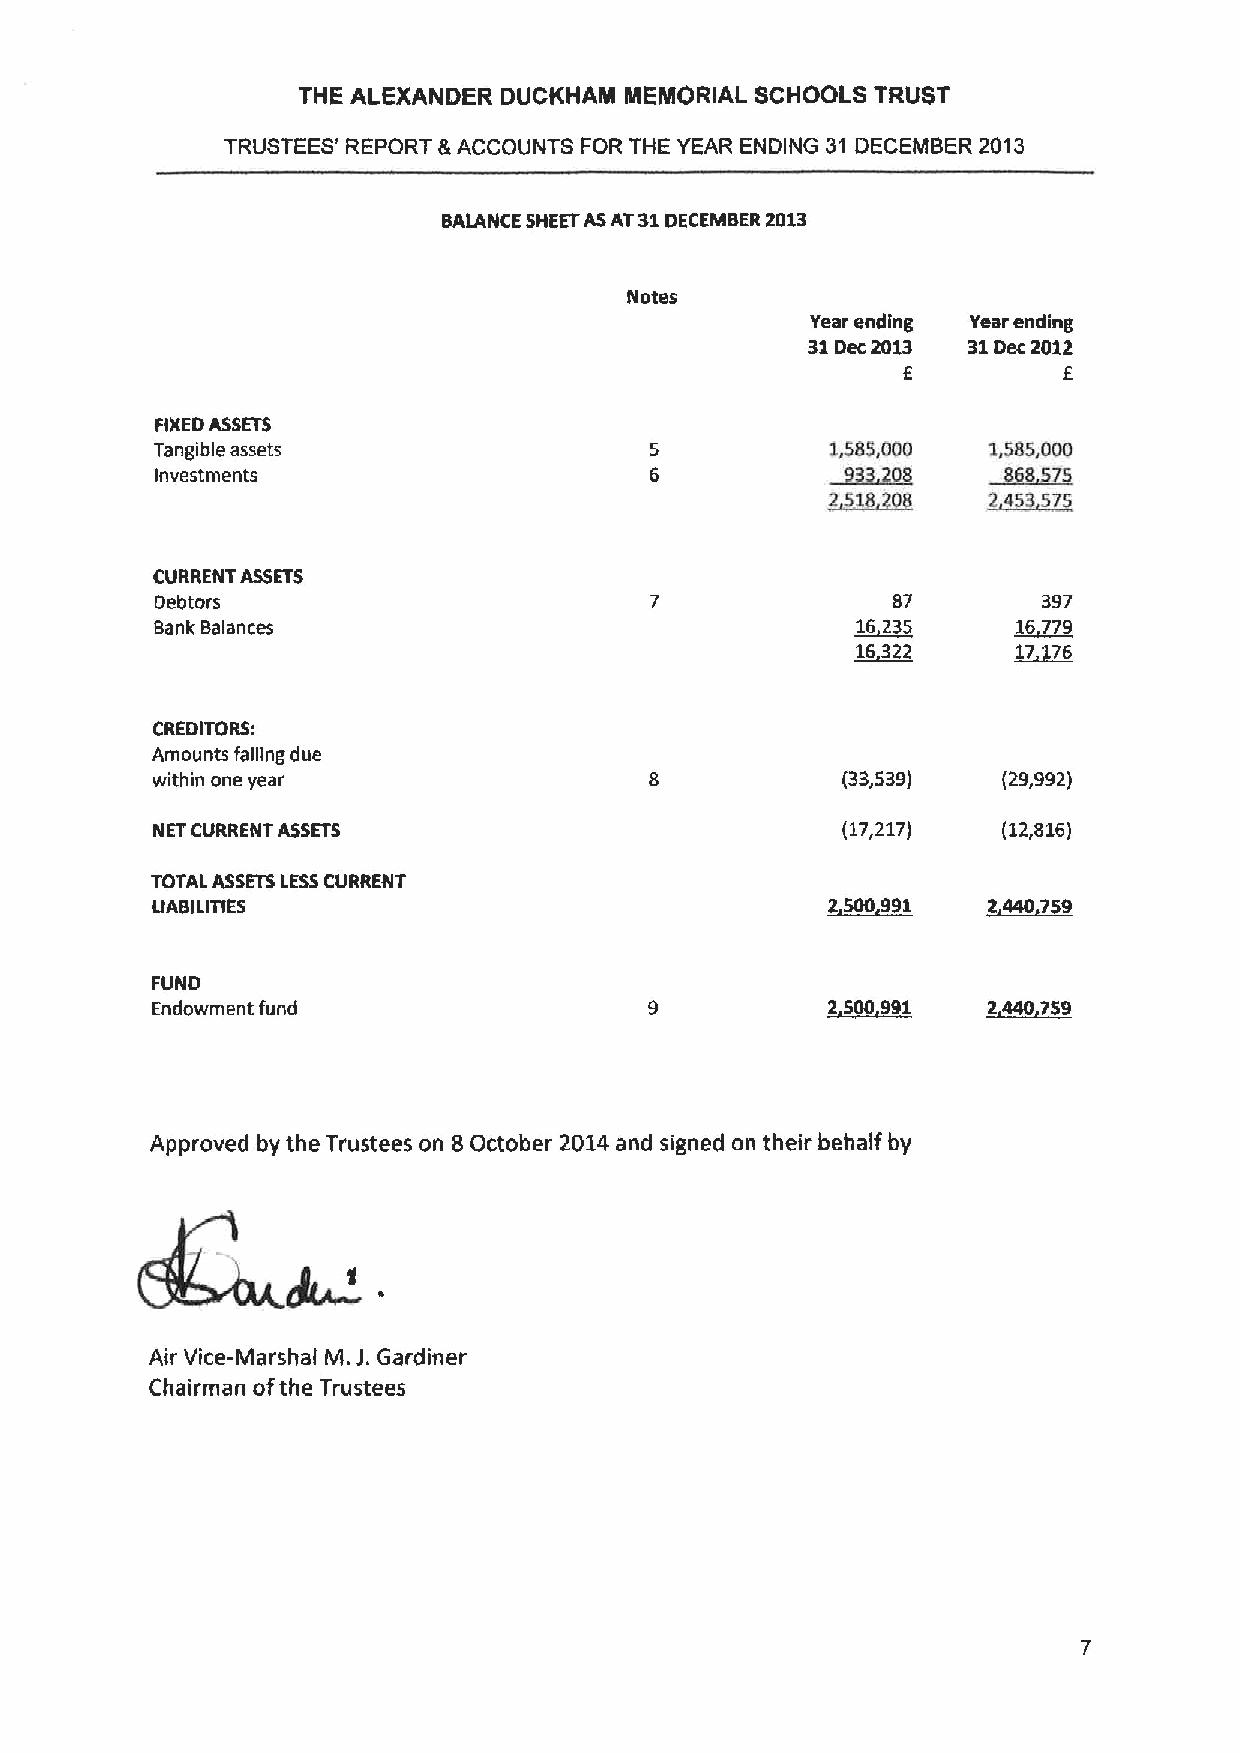
THE ALEXANDER DUCKHAM MEMORIAL SCHOOLS TRUST
 TRUSTEES' REPORT &ACCOUNTS FOR THE YEAR ENDING 31 DECEMBER 2013
 BALANCE SHEETASAT31DECEMBER 2013
 Notes
 Year ending Year ending
 31Dec2013  31Dec 2012
 E         E
 FIXEDASSETS
 Tangible assets                              1,585,000 1,585,000
 ~3208     ~685
 Investments                                                 5
 ~24
 357
 CURRENT ASSETS
 Debtors                                          87        397
 Bank Balances                                  ~16235    ~16779
 16322     17176
 CREDITORS:
 Amounts falling due
 within one year                               (33,539)  (29,992)
 NETCURRENT ASSETS                             (17,217)  (12,816)
 TOTALASSETS LESSCURRENT
 LIABILITIES                                  ~2500 991 ~2440 759
 FUND
 Endowment fund                               ~2500 991 ~2440 759
 Approved by the Trustees on 8 October 2014and signed on their behalf by
 Air Vice-Marshal M.J.Gardiner
 Chairman ofthe Trustees